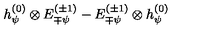
h _ { \psi } ^ { ( 0 ) } \otimes E _ { \mp \psi } ^ { ( \pm 1 ) } - E _ { \mp \psi } ^ { ( \pm 1 ) } \otimes h _ { \psi } ^ { ( 0 ) }